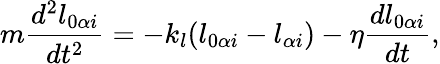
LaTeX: m\frac{d^{2}l_{0\alpha i}}{dt^{2}}=-k_{l}(l_{0\alpha i}-l_{\alpha i})-\eta\frac{dl_{0\alpha i}}{dt},